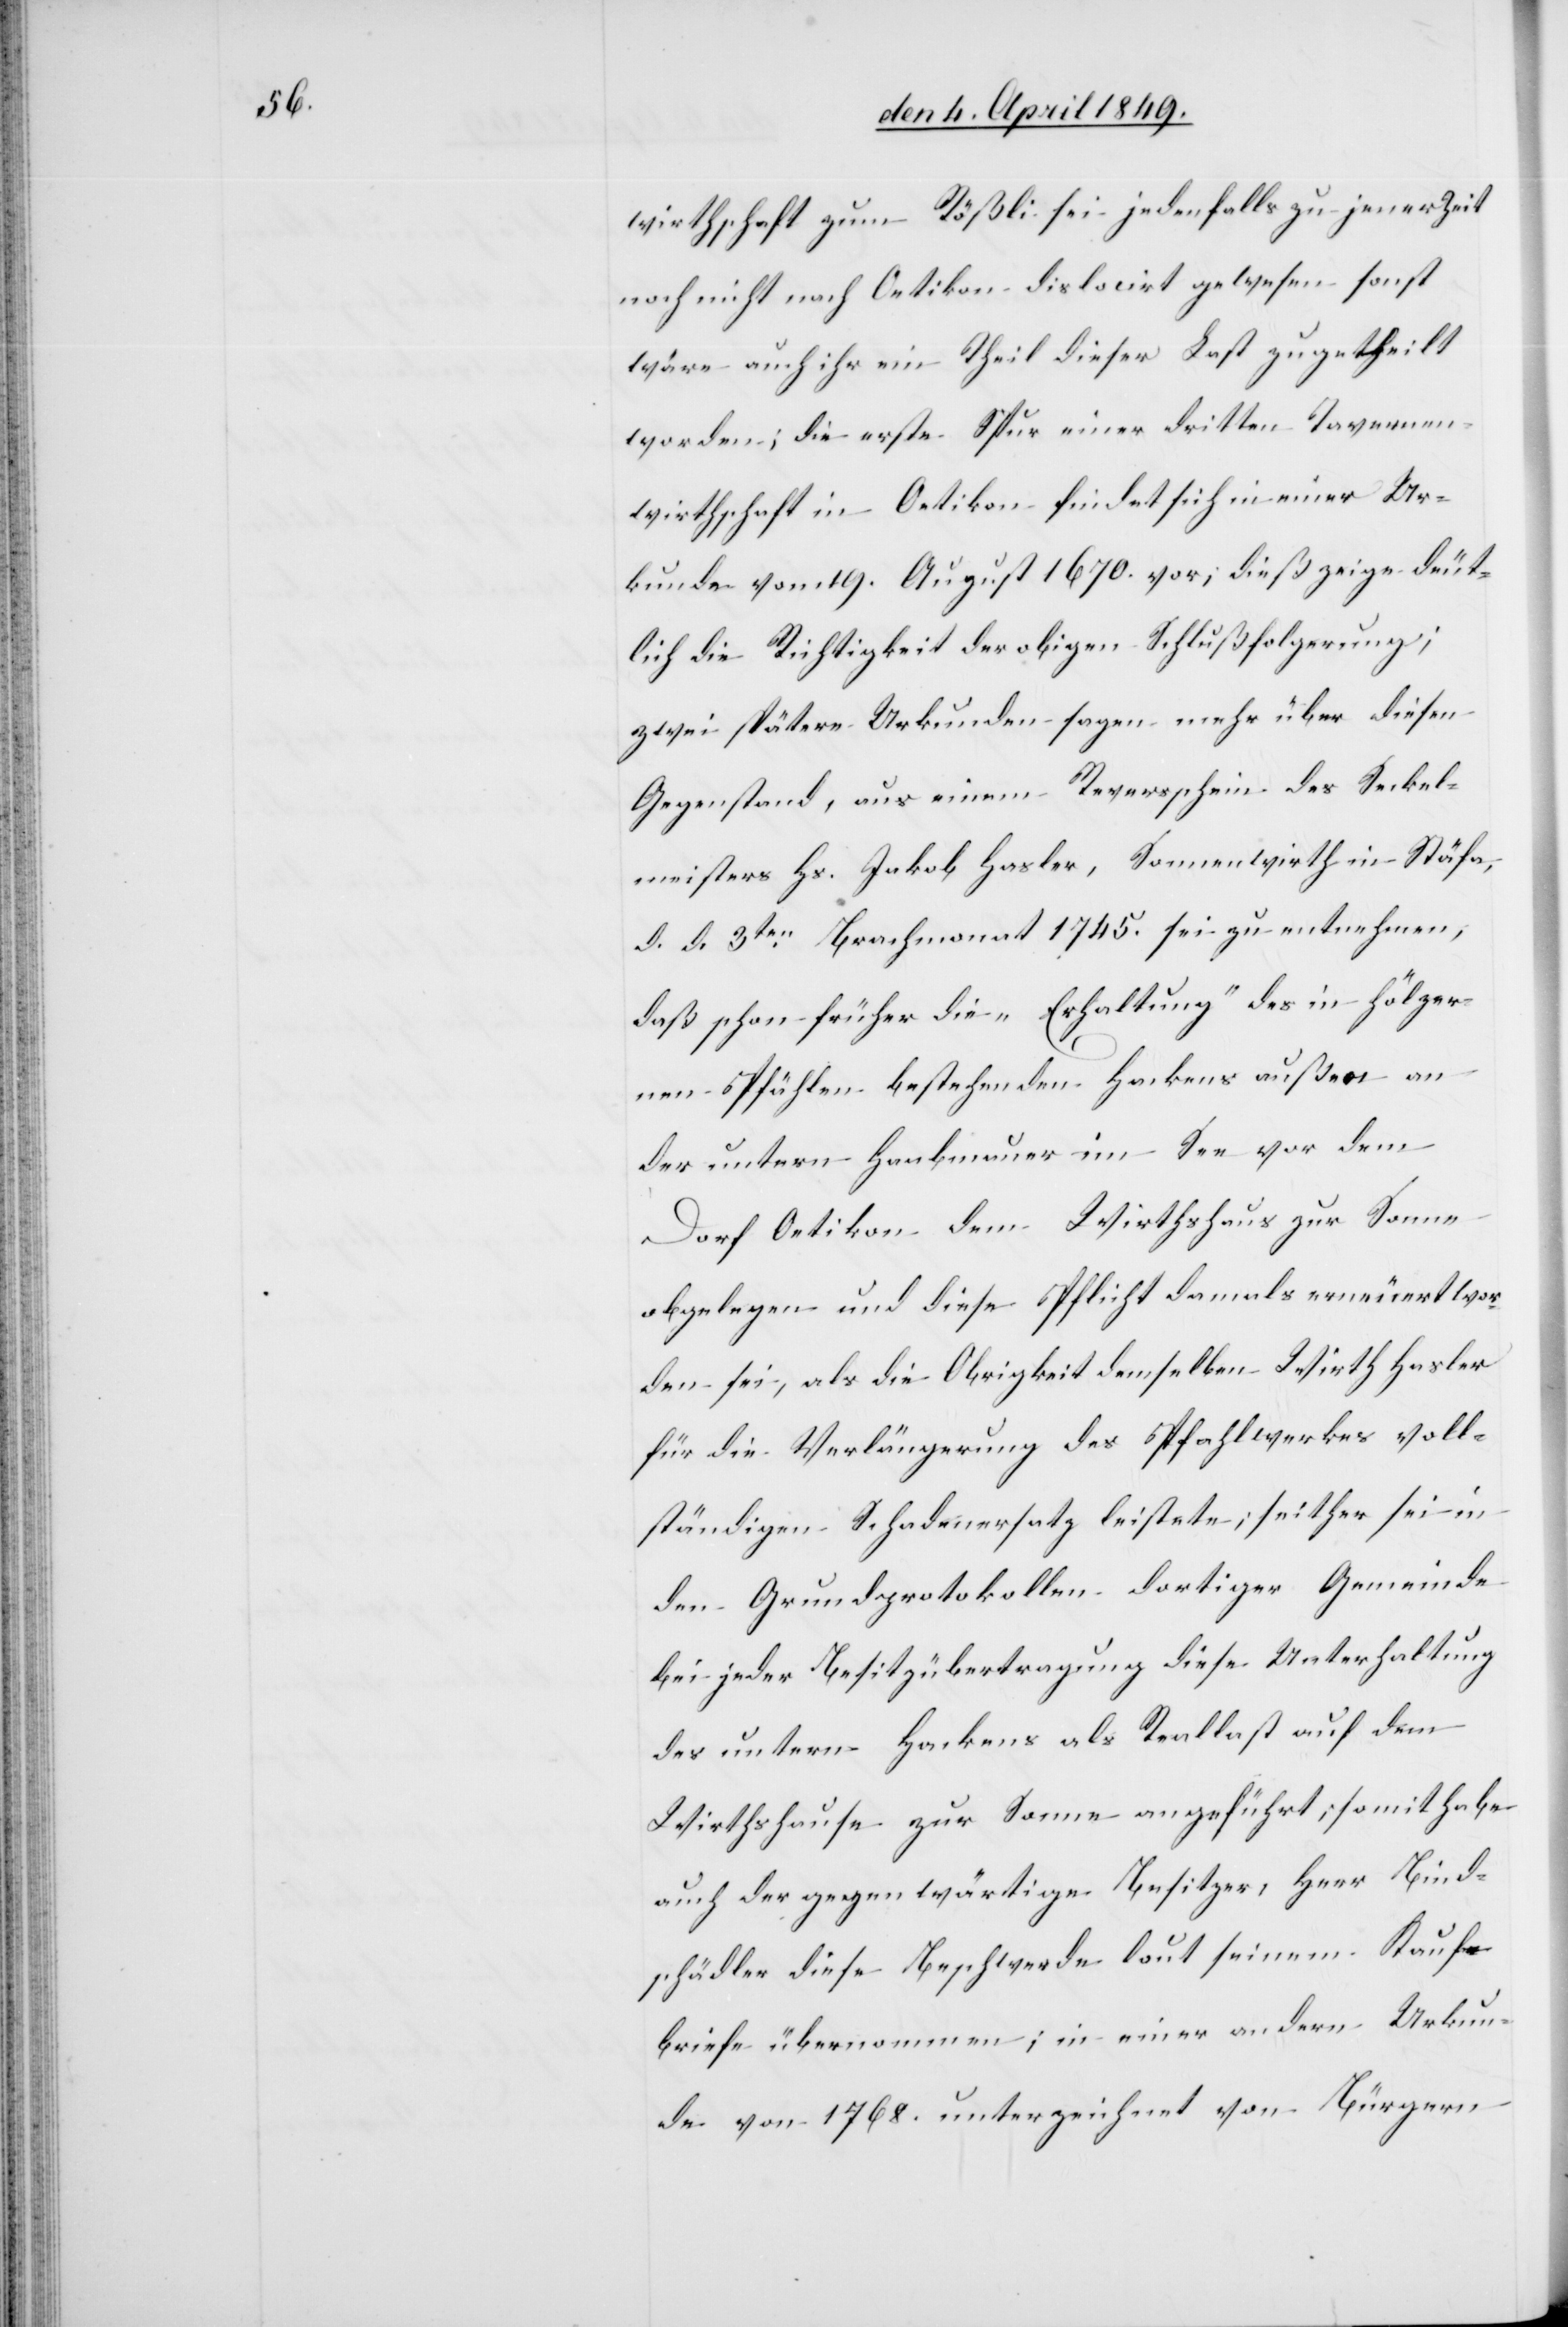
wirthschaft zum Rößli sei jedenfalls zu jener Zeit
noch nicht nach Oetikon dislocirt gewesen sonst
wäre auch ihr ein Theil dieser Last zugetheilt
worden; die erste Spur einer dritten Tavernen¬
wirthschaft in Oetikon findet sich in einer Ur¬
kunde vom 19. August 1670. vor; dieß zeige deut¬
lich die Richtigkeit der obigen Schlußfolgerung;
zwei spätere Urkunden sagen mehr über diesen
Gegenstand, aus einem Reverschein des Seckel¬
meisters Hs. Jakob Hasler, Sonnenwirth in Stäfa,
d. d. 3ten Brachmonat 1745. sei zu entnehmen,
daß schon früher die „Erhaltung“ des in hölzer¬
nen Pfählen bestehenden Hackens außen an
der untern Haabmauer im See vor dem
Dorf Oetikon dem Wirthshaus zur Sonne
obgelegene und diese Pflicht damals erneuert wor¬
den sei, als die Obrigkeit demselben Wirth Hasler
für die Verlängerung des Pfahlwerkes voll¬
ständigen Schadenersatz leistete; seither sei in
den Grundprotokollen dortiger Gemeinde
bei jeder Besitzübertragung diese Unterhaltung
des untern Hackens als Reallast auf dem
Wirthshause zur Sonne angeführt, somit habe
auch der gegenwärtige Besitzer, Herr Bind¬
schädler diese Beschwerde laut seinem Kauf¬
briefe übernommen; in einer andern Urkun¬
de von 1768. unterzeichnet von Bürgern